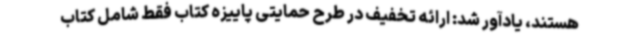
هستند، یادآور شد: ارائه تخفیف در طرح حمایتی پاییزه کتاب فقط شامل کتاب